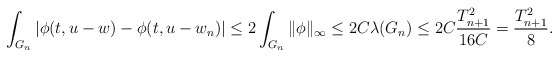
\begin{align*}\int_{G_n} |\phi(t, u - w) - \phi(t, u - w_n)| \leq 2 \int_{G_n} \|\phi\|_{\infty} \leq 2C \lambda(G_n) \leq 2C \frac{T_{n+1}^2}{16C} = \frac{T_{n+1}^2}{8}. \end{align*}